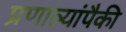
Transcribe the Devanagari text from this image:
प्रणाल्यांपैकी